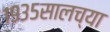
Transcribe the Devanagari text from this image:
१९३५सालच्या